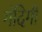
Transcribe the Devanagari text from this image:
गंदिगी